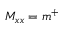
M _ { x x } = m ^ { + }